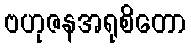
ဗဟုဇနအရုစိတော